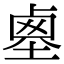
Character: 𡎱